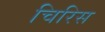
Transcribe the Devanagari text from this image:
चिरिस